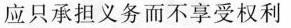
应只承担义务而不享受权利